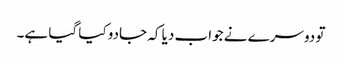
تو دوسرے نے جواب دیا کہ جادو کیا گیا ہے۔